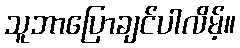
သူဘာပြောချင်ပါလိမ့်။